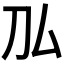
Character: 𠚦